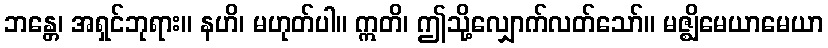
ဘန္တေ၊ အရှင်ဘုရား။ နဟိ၊ မဟုတ်ပါ။ ဣတိ၊ ဤသို့လျှောက်လတ်သော်။ မဇ္ဈိမေယာမေယာ